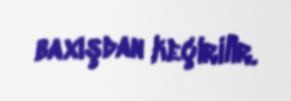
baxışdan keçirilir.